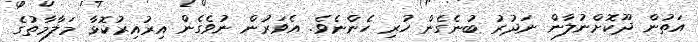
އަތުން ދޫކޮށްނުލާން ނަދުރު ބުނެގެން ހުރި ހެންނެވެ. އެވަރުން ނުވެގެން އިރުއިރުކޮޅާ މަލާމާތުގެ